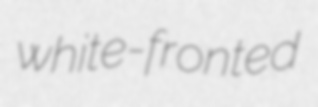
white-fronted